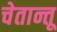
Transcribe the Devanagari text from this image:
चेतान्तू